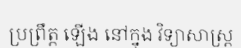
ប្រព្រឹត្ត ឡើង នៅក្នុង វិទ្យាសាស្ត្រ